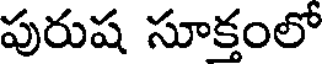
పురుష సూక్తంలో